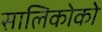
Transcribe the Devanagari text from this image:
सालिकोको